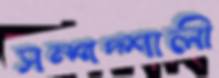
সম্পদ্‌শালী